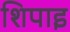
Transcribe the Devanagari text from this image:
शिपाइ